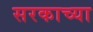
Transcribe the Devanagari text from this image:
सरकाच्या